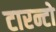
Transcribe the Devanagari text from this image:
टारन्टो